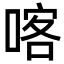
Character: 喀